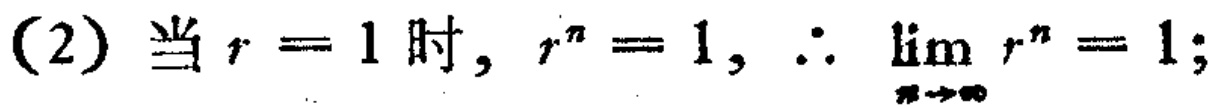
(2) 当 \(r = 1\) 时, \(r^{n}=1\), \(\therefore \lim_{n \to \infty} r^{n}=1\);